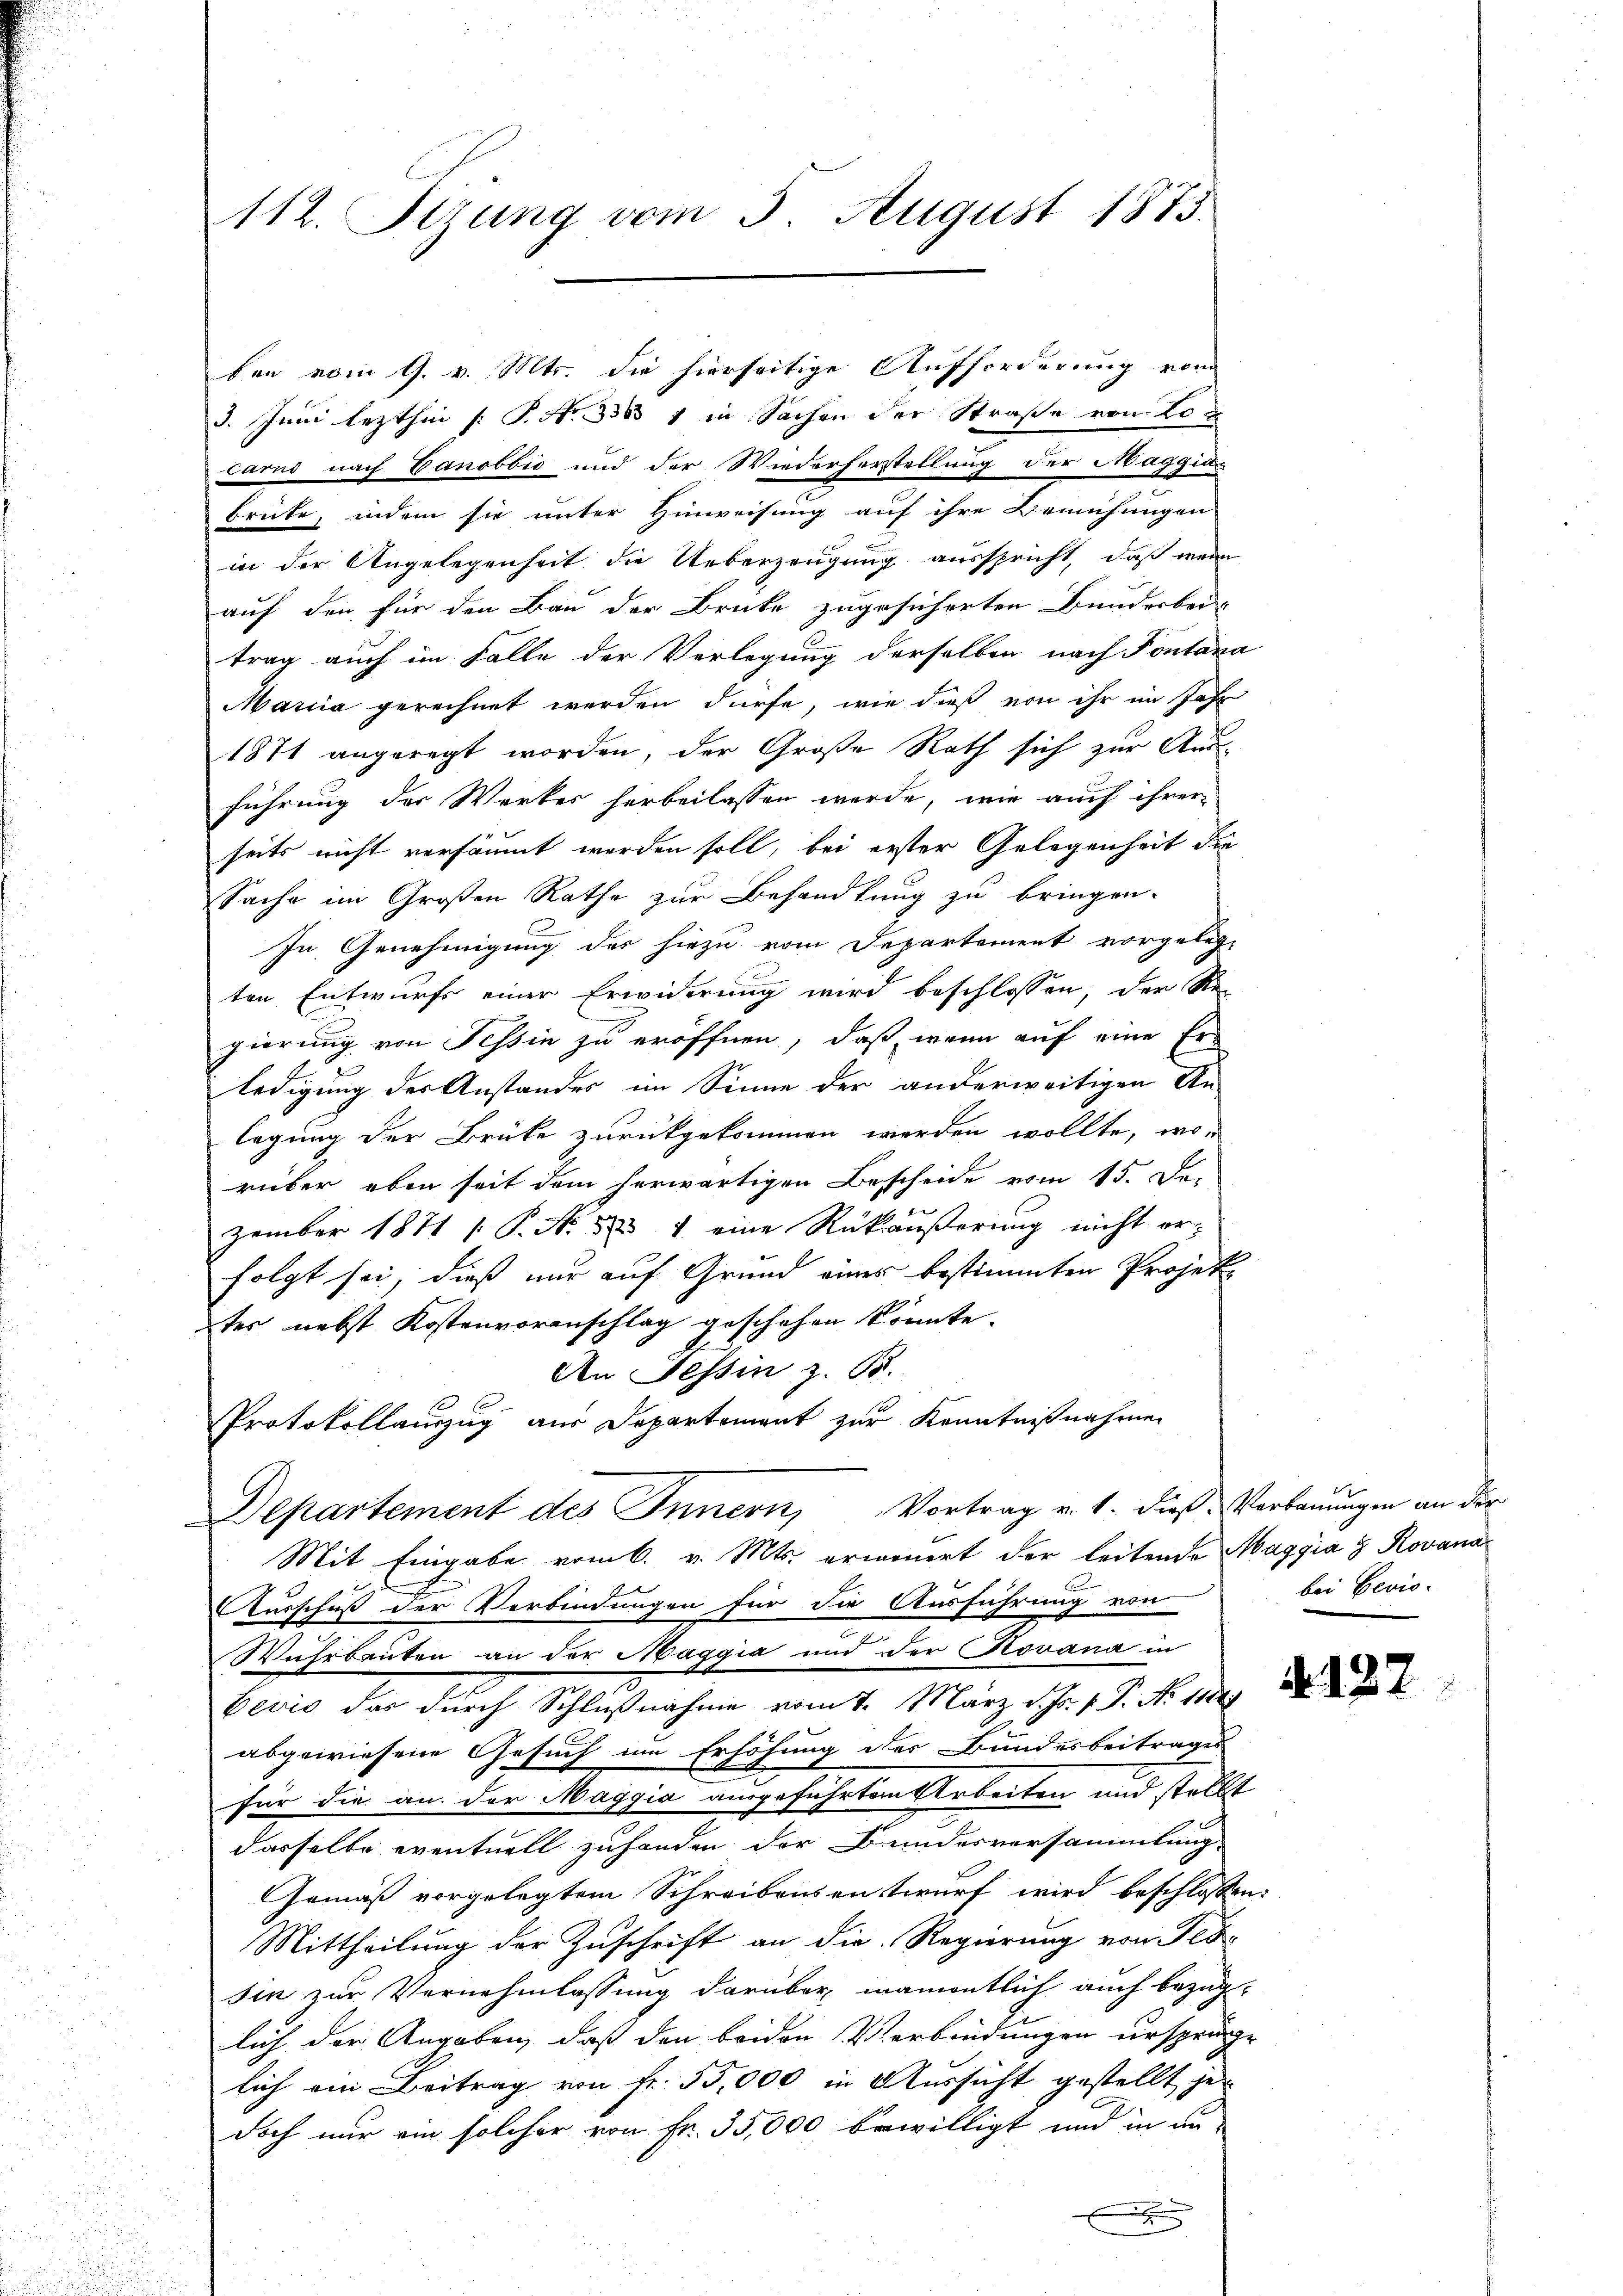
112. Sizung vom 5. August 1875

3. Juni lezthin [ P. Nr. 333 1 in Sachen der Straße von Lou
carno nach Canobbić und der Wiederherstellung der Maggia
brüte, indem sie unter Hinweisung auf ihre Bemühungen
a
in der Angelegenheit die Ueberzeugung ausspricht, daß mein
auf den für den Bau der Brüke zugesicherten Bunderbei-
trag auch im Falle der Verlegung derselben nach Pontana
Maria gerechnet werden dürfe, wie dieß von ihr im Jahr
1871 angeregt worden, der Große Rath sich zur Ausführung der Werkes herbeilassen werde, wie auch ihrer-
seits nicht versäumt werden soll, bei erster Gelegenheit die
Sache im Großen Rathe zur Behandlung zu bringen.
In Genehmigung des hiezu vom Departement vorgelegten Entwurfs einer Erwiderung wird beschlossen, der Re-
gierung von Tessin zu eröffnen, daß, wenn auf eine Erledigung der Anstandes im Sinne der anderweitigen An-
legung der Brüke zurückgekommen werden wollte, worüber eben seit dem herwärtigen Bescheide vom 15. De-
zember 1871 [ P. No 523 4 eine Rückäußerung nicht er-
folgt sei, dieß nur auf Grund eines bestimmten Projekter nebst Kostenvoranschlag geschehen könnte.
An Tessin z. B.
Protokollauszug aus Departement zur Kenntnißnahmen
Departement des Innern, Vortrag v. 1. dieß Verbauungen an der
Mit Eingabe vom 6. v. Mts. ermoniert der leitende Maggia 3 Rovana
Ausschuß der Verbindungen für die Ausführung von
Wahrbauten an der Maggia und der (Rovana in
bević das durch Schlußnahme vom 7. März d. Js. v. P. Nr. 1184.
abgewiesene Gesuch um Erhöhung des Bundesbeitrages
für die an der Maggia ausgeführten Arbeiten und stellt
dasselbe eventuell zuhanden der Bundesversammlung
Gemäß vorgelegtem Schreibensentwurf wird beschlossen:
Mittheilung der Zuschrift an die Regierung von Tes-
sin zur Vernehmlassung darüber namentlich auch bezuglich der Angaben, daß den beiden Verbindungen ursprüge
lich am Beitrag von fr. 55,000 in Aussicht gestellt jet
doch nur ein solcher von Fr. 35,000 bewilligt und in an-
x

ben vom 9. v. Mts. die hierseitige Aufforderung vom

bei Bevis

No. 127.